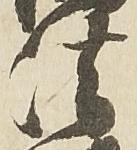
法